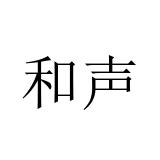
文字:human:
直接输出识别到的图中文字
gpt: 和声